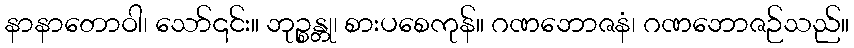
နာနာတောဝါ၊ သော်၎င်း။ ဘုဉ္စန္တု၊ စားပစေကုန်။ ဂဏဘောဇနံ၊ ဂဏဘောဇဉ်သည်။